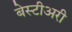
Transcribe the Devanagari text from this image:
बेस्टीअरी